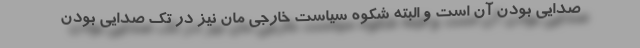
صدایی بودن آن است و البته شکوه سیاست خارجی مان نیز در تک صدایی بودن